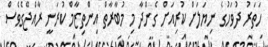
ހަތަރު ދުވަހުގެ ނިޔަލަށް ކުރިއަށް ގެންދާ މި މުބާރާތް އިންތިޒާމް ކުރަނީ ރާއްޖޭގެވެސް